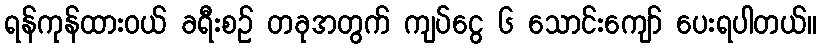
ရန်ကုန်ထားဝယ် ခရီးစဉ် တခုအတွက် ကျပ်ငွေ ၆ သောင်းကျော် ပေးရပါတယ်။